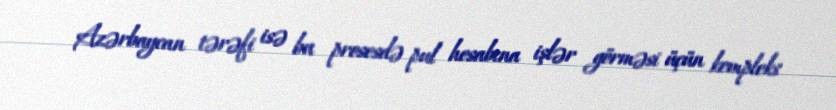
Azərbaycan tərəfi isə bu prosesdə pul hesabına işlər görməsi üçün kompleks